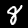
Digit: 8